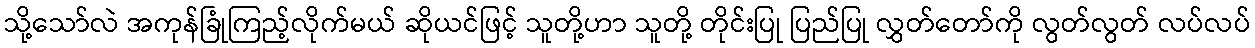
သို့သော်လဲ အကုန်ခြုံကြည့်လိုက်မယ် ဆိုယင်ဖြင့် သူတို့ဟာ သူတို့ တိုင်းပြု ပြည်ပြု လွှတ်တော်ကို လွတ်လွတ် လပ်လပ်